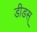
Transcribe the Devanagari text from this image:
डीडस्